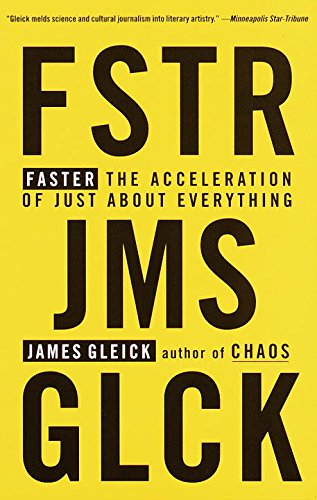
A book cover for Faster: The Acceleration of Just About Everything; James Gleick; Science & Math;